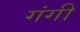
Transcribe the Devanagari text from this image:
गंगी